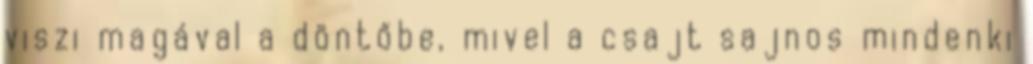
viszi magával a döntőbe, mivel a csajt sajnos mindenki